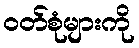
ဝတ်စုံများကို